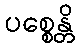
ပစ္စေန္တိ